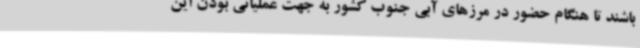
باشند تا هنگام حضور در مرزهای آبی جنوب کشور به جهت عملیاتی بودن این